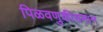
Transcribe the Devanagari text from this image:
पिळवणुकीसमान